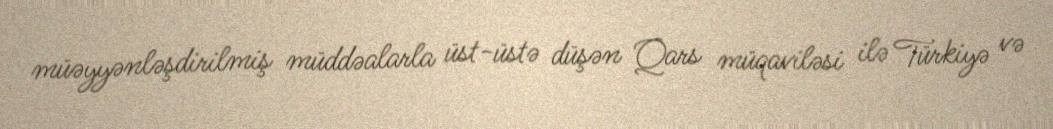
müəyyənləşdirilmiş müddəalarla üst-üstə düşən Qars müqaviləsi ilə Türkiyə və